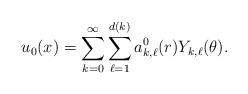
LaTeX: \begin{align*}u_0(x)=\sum_{k=0}^{\infty}\sum_{\ell=1}^{d(k)}a^0_{k,\ell}(r)Y_{k,\ell}(\theta).\end{align*}